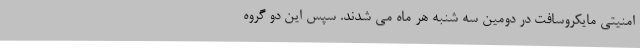
امنیتی مایکروسافت در دومین سه شنبه هر ماه می شدند. سپس این دو گروه